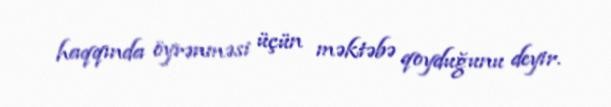
haqqında öyrənməsi üçün məktəbə qoyduğunu deyir.